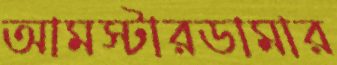
আমস্টারডামার